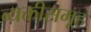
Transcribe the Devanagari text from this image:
व्यक्तीसमूह